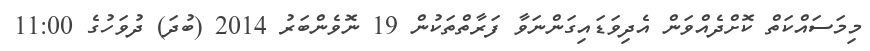
މިމަސައްކަތް ކޮށްދެއްވަން އެދިވަޑައިގަންނަވާ ފަރާތްތަކުން 19 ނޮވެންބަރު 2014 (ބުދަ) ދުވަހުގެ 11:00